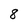
Character: 8